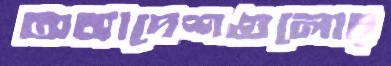
অধ্যাদেশগুলোর